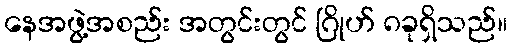
နေအဖွဲ့အစည်း အတွင်းတွင် ဂြိုဟ် ၈ခုရှိသည်။